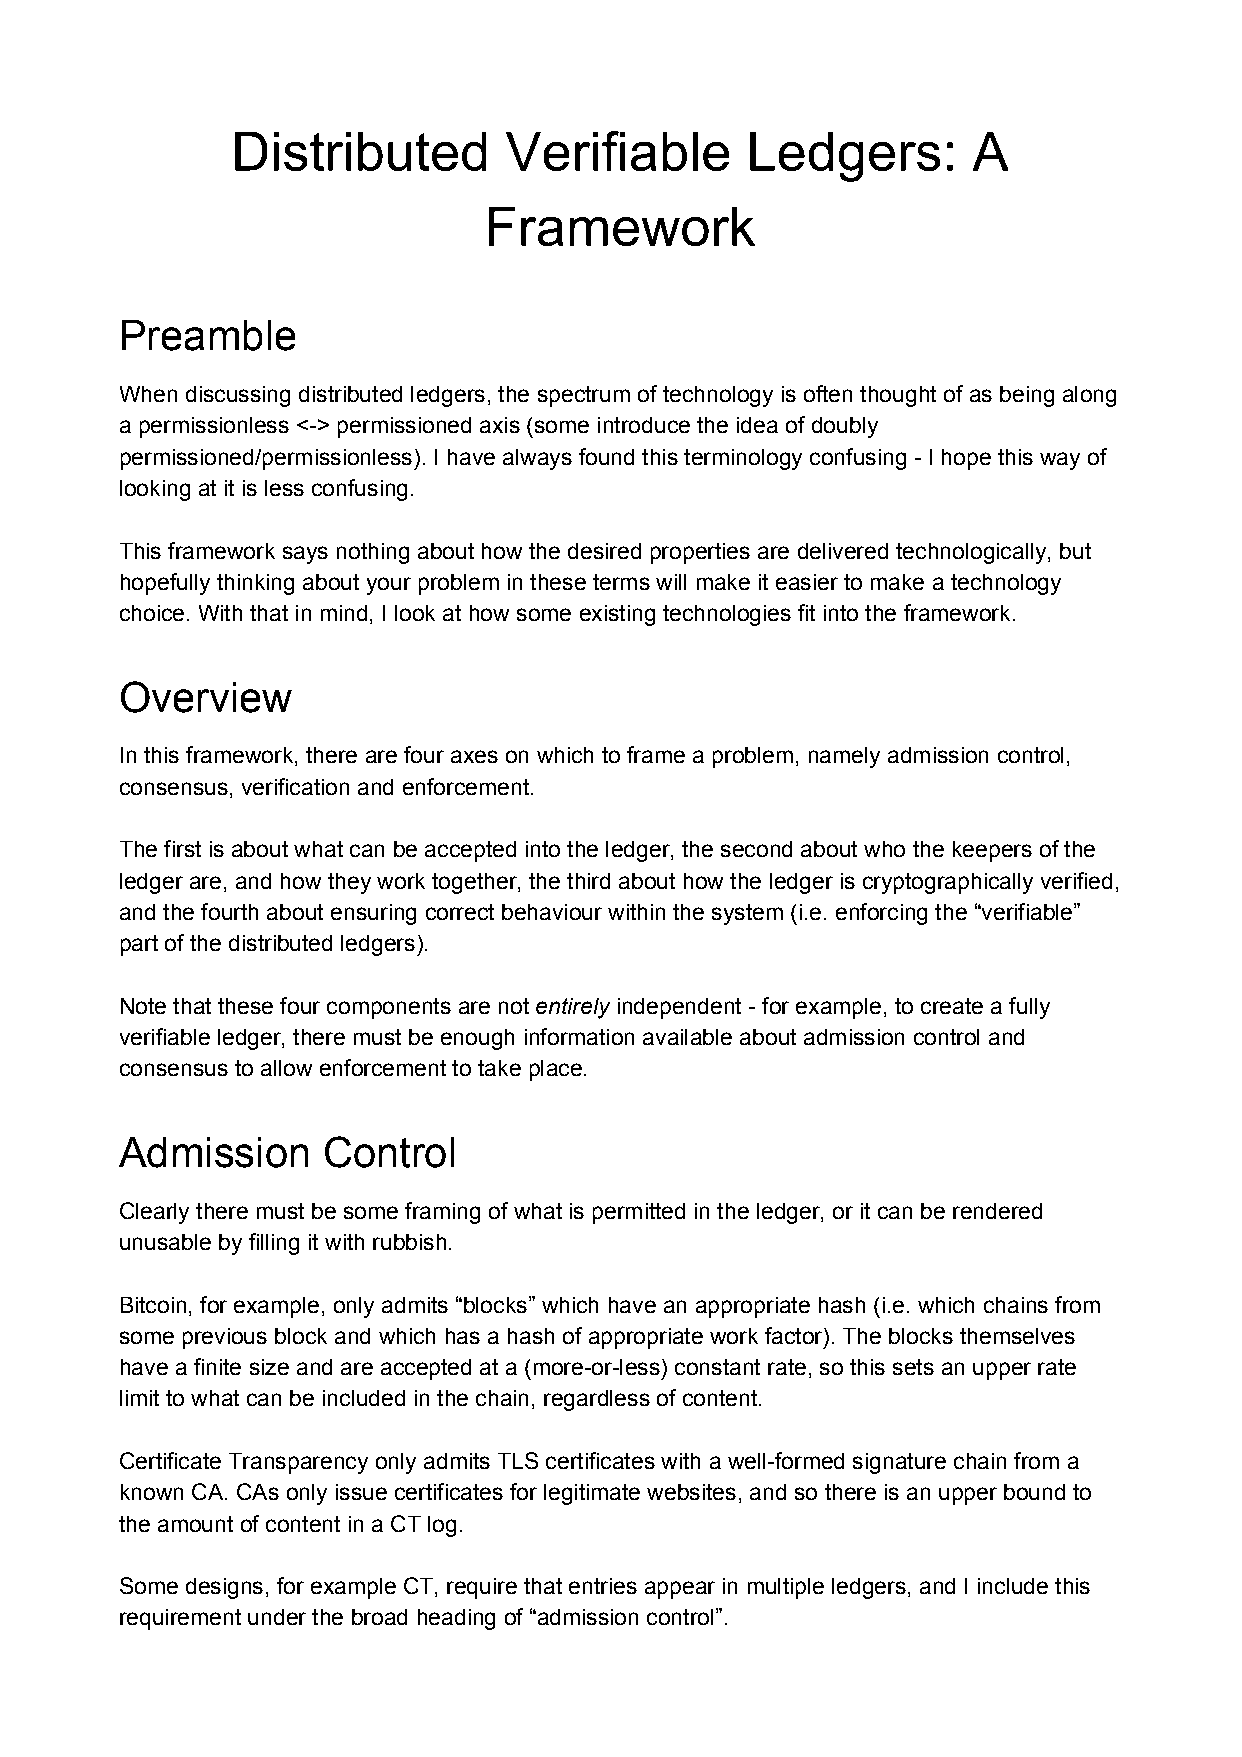
Distributed       Verifiable      Ledgers:       A
 Framework
 Preamble
 When discussing distributed ledgers, the spectrum of technology is often thought of as being along
 a permissionless <-> permissioned axis (some introduce the idea of doubly
 permissioned/permissionless). I have always found this terminology confusing - I hope this way of
 looking at it is less confusing.
 This framework says nothing about how the desired properties are delivered technologically, but
 hopefully thinking about your problem in these terms will make it easier to make a technology
 choice. With that in mind, I look at how some existing technologies fit into the framework.
 Overview
 In this framework, there are four axes on which to frame a problem, namely admission control,
 consensus, verification and enforcement.
 The first is about what can be accepted into the ledger, the second about who the keepers of the
 ledger are, and how they work together, the third about how the ledger is cryptographically verified,
 and the fourth about ensuring correct behaviour within the system (i.e. enforcing the “verifiable”
 part of the distributed ledgers).
 Note that these four components are not entirely independent - for example, to create a fully
 ​    ​
 verifiable ledger, there must be enough information available about admission control and
 consensus to allow enforcement to take place.
 Admission    Control
 Clearly there must be some framing of what is permitted in the ledger, or it can be rendered
 unusable by filling it with rubbish.
 Bitcoin, for example, only admits “blocks” which have an appropriate hash (i.e. which chains from
 some previous block and which has a hash of appropriate work factor). The blocks themselves
 have a finite size and are accepted at a (more-or-less) constant rate, so this sets an upper rate
 limit to what can be included in the chain, regardless of content.
 Certificate Transparency only admits TLS certificates with a well-formed signature chain from a
 known CA. CAs only issue certificates for legitimate websites, and so there is an upper bound to
 the amount of content in a CT log.
 Some designs, for example CT, require that entries appear in multiple ledgers, and I include this
 requirement under the broad heading of “admission control”.